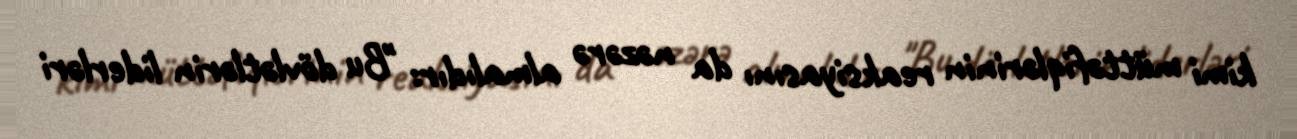
kimi müttəfiqlərinin reaksiyasını da nəzərə almalıdır: "Bu dövlətlərin liderləri